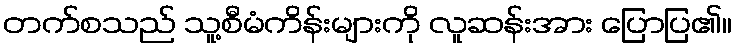
တက်စသည် သူ့စီမံကိန်းများကို လူဆန်းအား ပြောပြ၏။